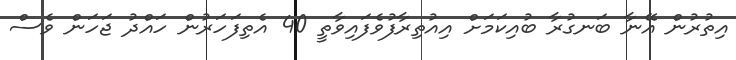
އިތުރުން އޭނާ ބަނގުރާ ބުއިކަމަށް އިއުތިރާފުވެފައިވާތީ 40 އެތިފަހަރުން ހައްދު ޖަހަން ވެސް